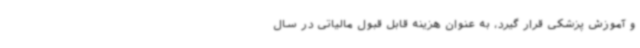
و آموزش پزشکی قرار گیرد، به عنوان هزینه قابل قبول مالیاتی در سال